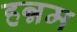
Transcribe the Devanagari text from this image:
हन्नम